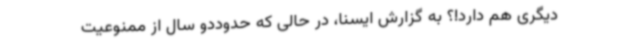
دیگری هم دارد!؟ به گزارش ایسنا، در حالی که حدوددو سال از ممنوعیت